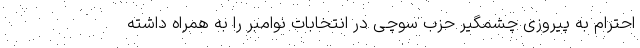
احترام به پیروزی چشمگیر حزب سوچی در انتخابات نوامبر را به همراه داشته